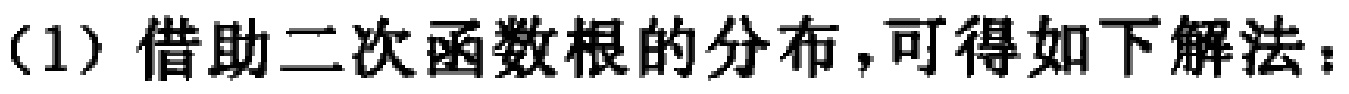
（1）借助二次函数根的分布，可得如下解法：